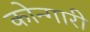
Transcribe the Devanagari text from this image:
कोन्गारी